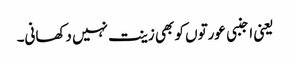
یعنی اجنبی عورتوں کو بھی زینت نہیں دکھانی۔